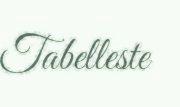
Tabelleste